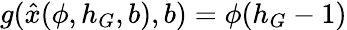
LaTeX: g(\hat{x}(\phi,h_{G},b),b)=\phi(h_{G}-1)